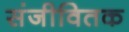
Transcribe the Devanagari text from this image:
संजीवितक